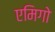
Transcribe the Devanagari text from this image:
एमिगो